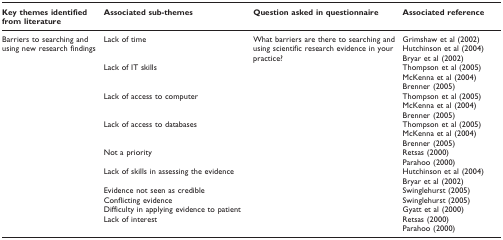
| Key themes identified from literature | Associated sub-themes | Question asked in questionnaire | Associated reference |
 | --- | --- | --- | --- |
 | Barriers to searching and using new research findings | Lack of time | What barriers are there to searching and using scientific research evidence in your practice? | Grimshaw et al (2002)Hutchinson et al (2004)Bryar et al (2002) |
 |  | Lack of IT skills |  | Thompson et al (2005)McKenna et al (2004)Brenner (2005) |
 |  | Lack of access to computer |  | Thompson et al (2005)McKenna et al (2004)Brenner (2005) |
 |  | Lack of access to databases |  | Thompson et al (2005)McKenna et al (2004)Brenner (2005) |
 |  | Not a priority |  | Retsas (2000)Parahoo (2000) |
 |  | Lack of skills in assessing the evidence |  | Hutchinson et al (2004)Bryar et al (2002) |
 |  | Evidence not seen as credible |  | Swinglehurst (2005) |
 |  | Conflicting evidence |  | Swinglehurst (2005) |
 |  | Difficulty in applying evidence to patient |  | Gyatt et al (2000) |
 |  | Lack of interest |  | Retsas (2000)Parahoo (2000) |